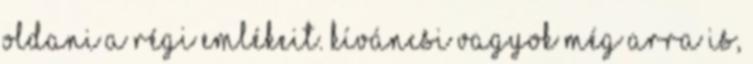
oldani a régi emlékeit. Kíváncsi vagyok még arra is,